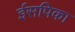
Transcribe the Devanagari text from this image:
ईसपिका